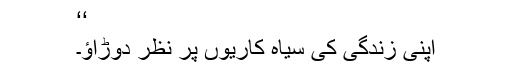
‘‘
اپنی زندگی کی سیاہ کاریوں پر نظر دوڑاؤ۔